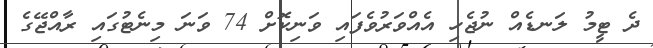
ދެ ޓީމު ލަނޑެއް ނުޖެހި އެއްވަރުވެފައި ވަނިކޮށް 74 ވަނަ މިނެޓުގައި ރާއްޖޭގެ